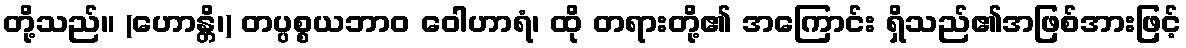
တို့သည်။ (ဟောန္တိ၊) တပ္ပစ္စယဘာဝ ဝေါဟာရံ၊ ထို တရားတို့၏ အကြောင်း ရှိသည်၏အဖြစ်အားဖြင့်